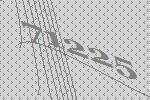
71225